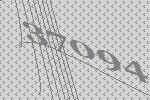
37094